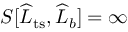
S [ \widehat { L } _ { \mathrm { t s } } , \widehat { L } _ { b } ] = \infty